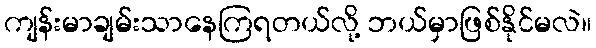
ကျန်းမာချမ်းသာနေကြရတယ်လို့ ဘယ်မှာဖြစ်နိုင်မလဲ။